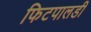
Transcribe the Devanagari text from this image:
फिटपालडी